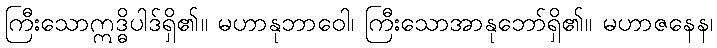
ကြီးသောဣဒ္ဓိပါဒ်ရှိ၏။ မဟာနုဘာဝေါ၊ ကြီးသောအာနုဘော်ရှိ၏။ မဟာဇနေန၊